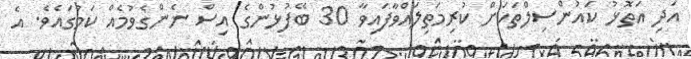
އަދި އަތޮޅު ކައުންސިލްތަކަށް ކުރިމަތިލައްވާފައިވާ 30 ބޭފުޅުންގެ އިސް ނެންގެވުމެއް ކަމުގައެވެ. އެ